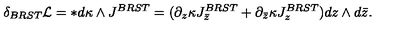
\delta _ { B R S T } { \cal L } = * d \kappa \wedge J ^ { B R S T } = ( \partial _ { z } \kappa J _ { \bar { z } } ^ { B R S T } + \partial _ { \bar { z } } \kappa J _ { z } ^ { B R S T } ) d z \wedge d \bar { z } .